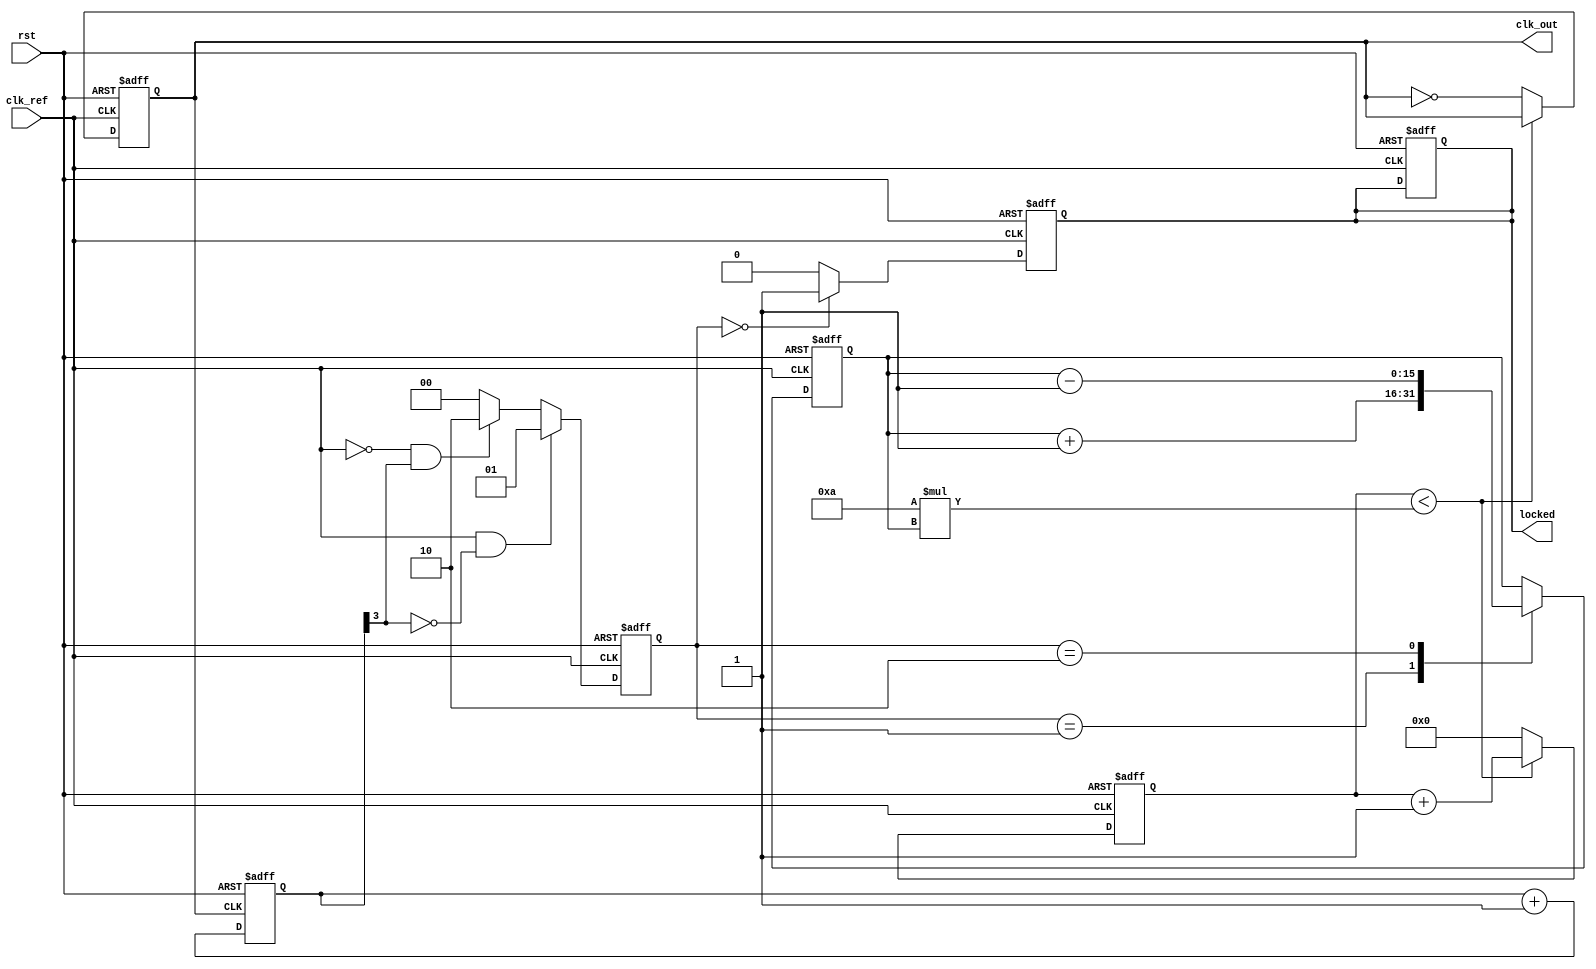
module integer_n_pll (
    input wire clk_ref,        // Reference clock input
    input wire rst,            // Reset signal
    output wire clk_out,       // Output clock
    output wire locked         // Lock status
);

// Parameters
parameter N = 4;               // Integer division factor
parameter CP_CURRENT = 1;      // Charge pump current
parameter LF_TIME_CONSTANT = 10; // Loop filter time constant

// Internal signals
reg [1:0] pfd_state;           // PFD state
reg [15:0] control_voltage;     // Control voltage for VCO
reg vco_output;                 // VCO output
reg [N-1:0] divider;           // Frequency divider
reg [31:0] counter;             // Counter for VCO frequency
reg locked_reg;                 // Lock status register

// PFD implementation
always @(posedge clk_ref or posedge rst) begin
    if (rst) begin
        pfd_state <= 2'b00;
        locked_reg <= 1'b0;
    end else begin
        // Simple PFD logic
        if (clk_ref && !divider[N-1]) begin
            pfd_state <= 2'b01; // UP signal
        end else if (!clk_ref && divider[N-1]) begin
            pfd_state <= 2'b10; // DOWN signal
        end else begin
            pfd_state <= 2'b00; // No change
        end
    end
end

// Charge Pump implementation
always @(posedge clk_ref or posedge rst) begin
    if (rst) begin
        control_voltage <= 16'b0;
    end else begin
        case (pfd_state)
            2'b01: control_voltage <= control_voltage + CP_CURRENT; // UP
            2'b10: control_voltage <= control_voltage - CP_CURRENT; // DOWN
            default: control_voltage <= control_voltage; // Hold
        endcase
    end
end

// VCO implementation
always @(posedge clk_ref or posedge rst) begin
    if (rst) begin
        vco_output <= 1'b0;
        counter <= 32'b0;
    end else begin
        // Simple VCO logic: frequency is proportional to control voltage
        if (counter < (LF_TIME_CONSTANT * control_voltage)) begin
            counter <= counter + 1;
        end else begin
            vco_output <= ~vco_output; // Toggle VCO output
            counter <= 32'b0;
        end
    end
end

// Frequency Divider implementation
always @(posedge vco_output or posedge rst) begin
    if (rst) begin
        divider <= {N{1'b0}};
    end else begin
        divider <= divider + 1;
    end
end

// Lock detection (simple logic)
always @(posedge clk_ref or posedge rst) begin
    if (rst) begin
        locked_reg <= 1'b0;
    end else if (pfd_state == 2'b00) begin
        locked_reg <= 1'b1; // Locked when no UP/DOWN signals
    end else begin
        locked_reg <= 1'b0; // Not locked
    end
end

assign clk_out = vco_output; // Output clock
assign locked = locked_reg;   // Lock status

endmodule